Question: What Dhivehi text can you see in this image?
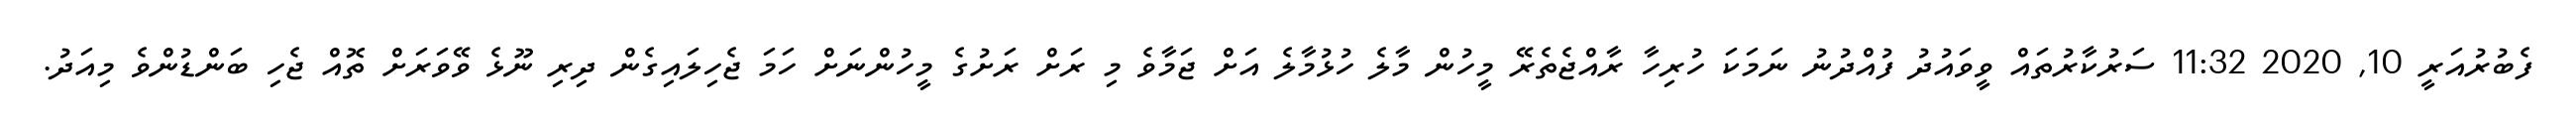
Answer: ފެބުރުއަރީ 10, 2020 11:32 ސަރުކާރުތައް ވީވައުދު ފުއްދުނު ނަމަކަ ހުރިހާ ރާއްޖެތެރޭ މީހުން މާލެ ހުޅުމާލެ އަށް ޖަމާވެ މި ރަށް ރަށުގެ މީހުންނަށް ހަމަ ޖެހިލައިގެން ދިރި ނޫޅެ ވޭވަރަށް ތޮއް ޖެހި ބަންޑުންވެ މިއަދު.